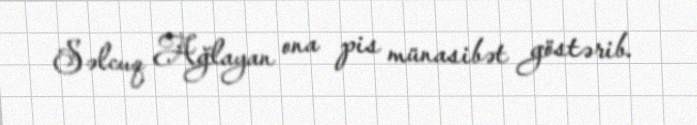
Səlcuq Ağlayan ona pis münasibət göstərib.